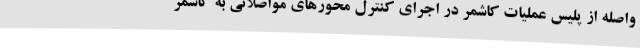
واصله از پلیس عملیات کاشمر در اجرای کنترل محورهای مواصلاتی به کاشمر